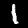
Digit: 1